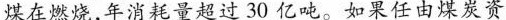
煤在燃烧，年消耗量超过30亿吨。如果任由煤炭资